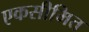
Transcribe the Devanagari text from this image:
एकसीमित